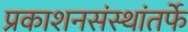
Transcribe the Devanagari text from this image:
प्रकाशनसंस्थांतर्फे